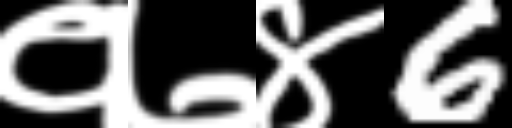
Text: १७४6